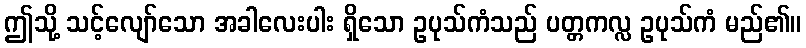
ဤသို့ သင့်လျော်သော အခါလေးပါး ရှိသော ဥပုသ်ကံသည် ပတ္တကလ္လ ဥပုသ်ကံ မည်၏။